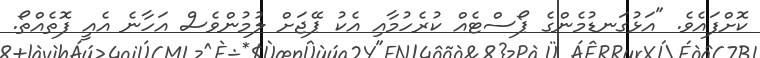
ކޮށްފައެވެ. "އަޅުގަނޑުމެންގެ ޕޯސްޓެއް ކުރެހުމާއި އެކު ޕޭޖަށް ލުމުންވެސް އަހާނެ އެއީ ފޮތެއްތޯ.